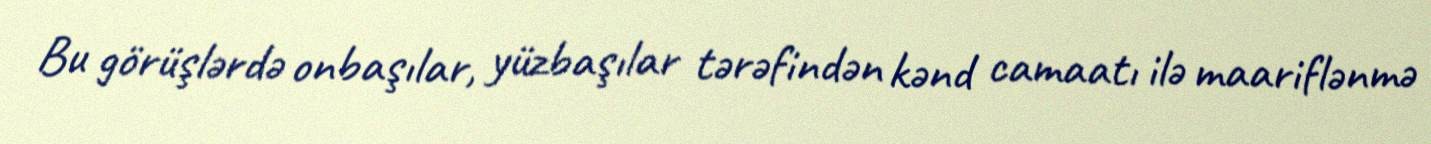
Bu görüşlərdə onbaşılar, yüzbaşılar tərəfindən kənd camaatı ilə maariflənmə